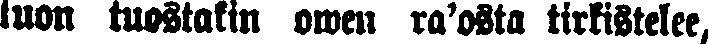
luon tuostakin owen ra'osta tirkistelee,